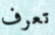
تعرف